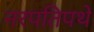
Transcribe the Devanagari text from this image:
नरपतिपथे